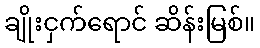
ချိုးငှက်ရောင် ဆိန်းမြစ်။